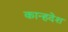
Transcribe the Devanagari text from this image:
कान्हदेश